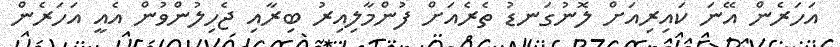
އަހަރެން އޭނަ ކައިރިއަށް ލޮނުގަނޑު ތެރެއަށް ފުންމާލިއިރު ބިރާއި ޖެހިލުންވުން އެއީ އަހަރެން